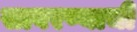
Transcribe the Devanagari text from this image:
सावरण्याची